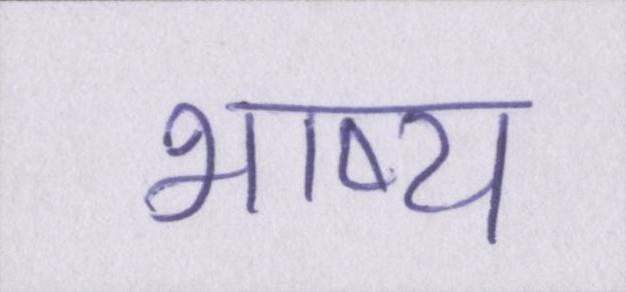
भाष्य